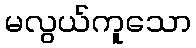
မလွယ်ကူသော